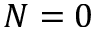
N = 0